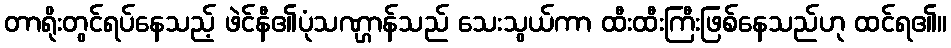
တာရိုးတွင်ရပ်နေသည့် ဖဲင်နီ၏ပုံသဏ္ဌာန်သည် သေးသွယ်ကာ ထီးထီးကြီးဖြစ်နေသည်ဟု ထင်ရ၏။